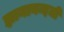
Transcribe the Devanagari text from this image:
ज्ञानानन्दजी